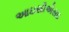
આઇસીએસઇ